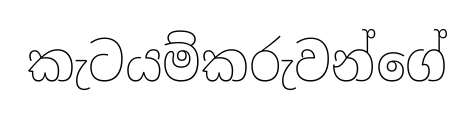
කැටයම්කරුවන්ගේ